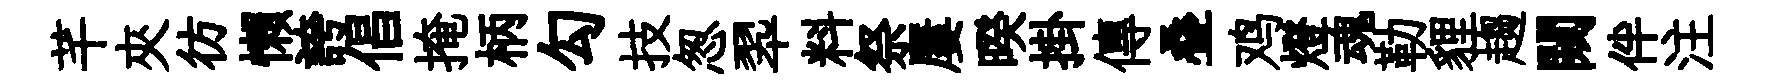
芊夾彷懶誇倡掩柄勾技怱翆料祭屢暌掛傳叠鸡燈魂勒貍趨闚伴注